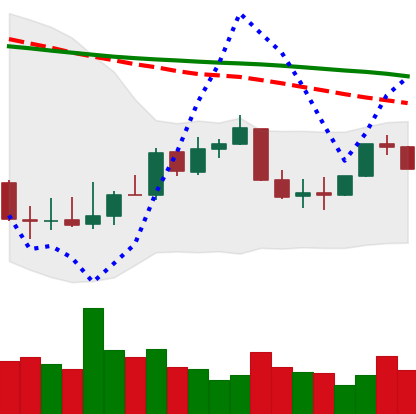
Ticker: XLM-USD
Chart end date: 2022-01-04
Forward return: -6.577%
Label: down_5_7